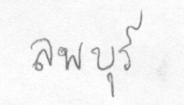
ลพบุรี